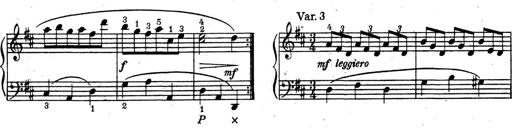
Title: ÄŒeskÃ© Sonatiny
Composer: Various